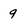
Character: 9